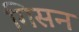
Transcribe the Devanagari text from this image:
गिसन